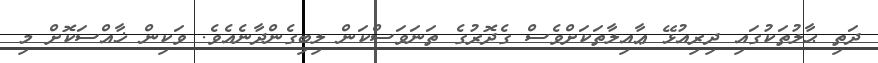
ދަތި ޙާލުތަކުގައި ދިރިއުޅޭ ޢާއިލާތަކަށްވެސް ގެދޮރުގެ ތަނަވަސްކަން ލިބިގެންދާނެއެވެ. ވަކިން ޚާއްސަކޮށް މި